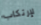
لإرتكاب